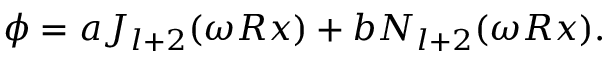
\phi = a J _ { l + 2 } ( \omega R x ) + b N _ { l + 2 } ( \omega R x ) .